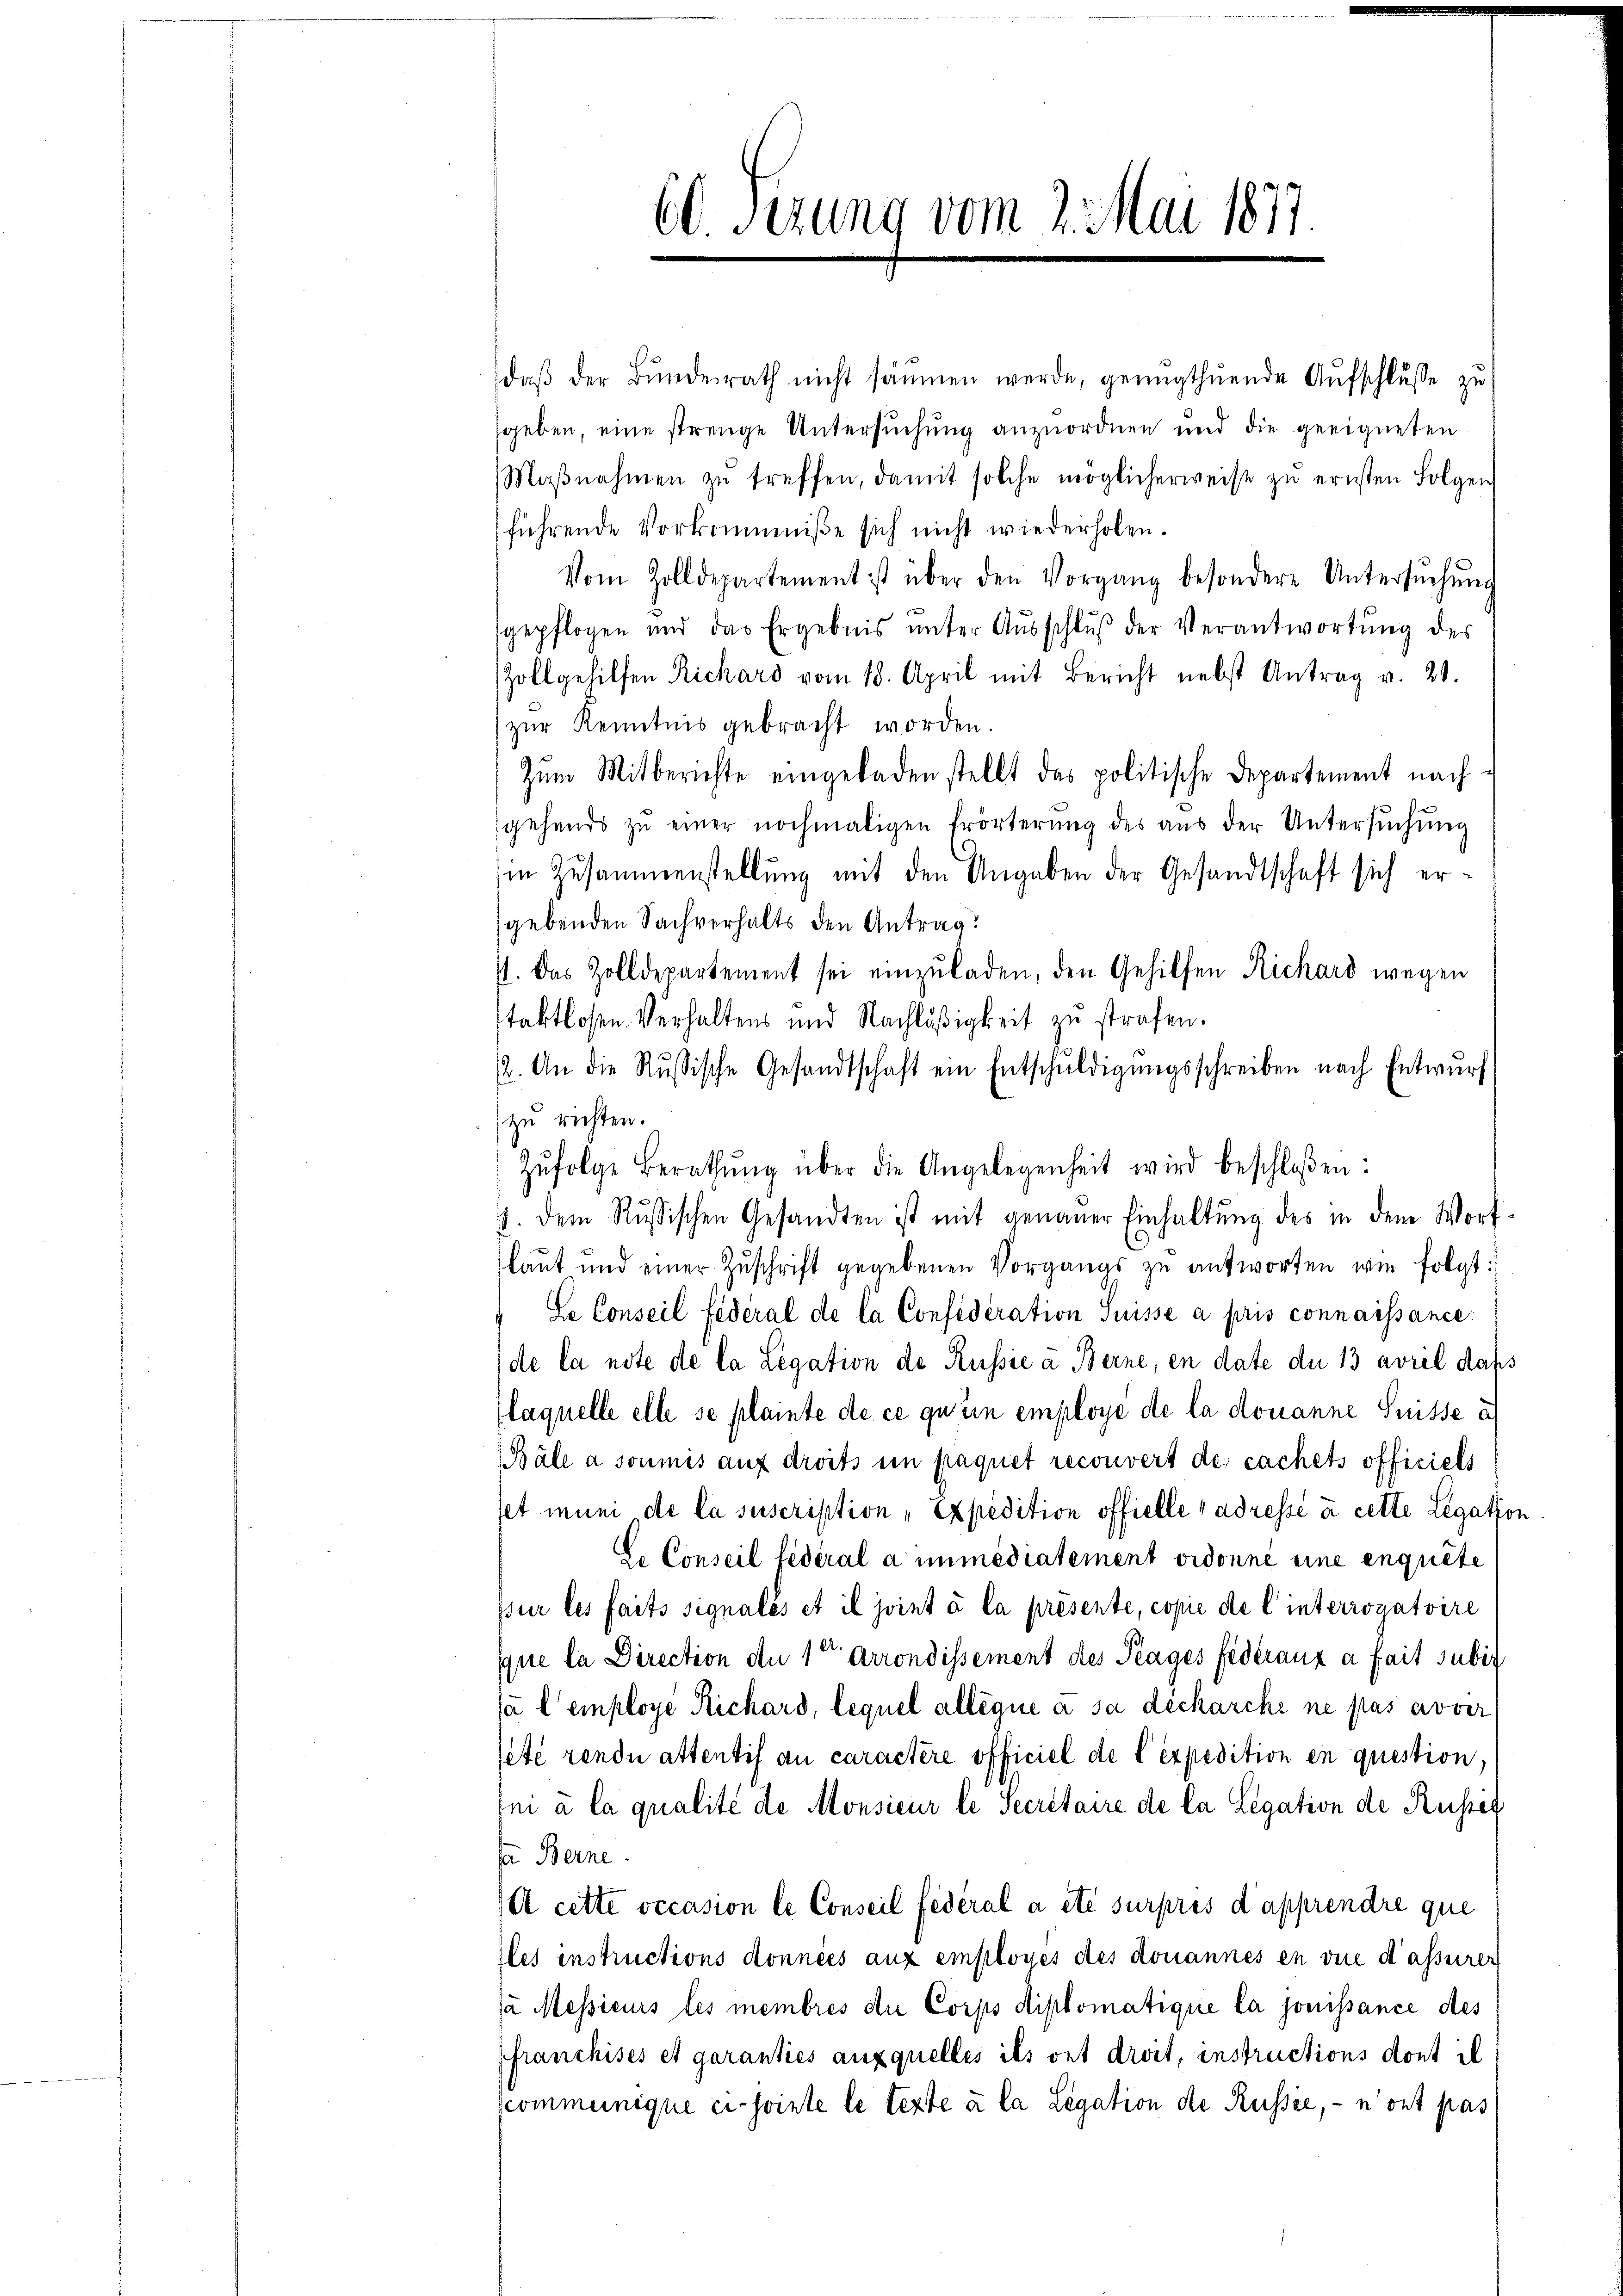
60 sezung vom 2. Mai 1877

daβ der Bŭndesrath nicht säumen werde, genugthuende Aŭfschlŭsse zŭ
geben, eine strenge Untersuchung anzuordnen und die geeigneten
Maβnahmen zŭ treffen, damit solche möglicherweise zu ernsten Folgen
führende Vorkommniße sich nicht wiederholen.
Vom Zolldepartement ist über den Vorgang besondere Untersŭchŭng
gepflogen und das Ergebnis unter Aŭsschlŭβ der Verantwortung des
Zoll gehilfen Richard vom 18. April mit Bericht nebst Antrag v. 20.
zŭr Kenntnis gebracht worden.
Zum Mitberichte eingeladen stellt das politische Departement nachgehends zŭ einer nochmaligen Erörterung des aŭs der Untersŭchŭng
in Zusammenstellung mit den Angaben der Gesandtschaft sich ergebenden Sachverhalts den Antrag
4. Das Zolldepartement sei einzŭladen, den Gehilfen Richard wegen
taktlosen Verhaltens und Nachläßigkeit zu strafen.
2. An die Russische Gesandtschaft ein Entschŭldigungsschreiben nach Entwurf
zu richten.
Zŭfolge Berathŭng über die Angelegenheit wird beschloßen:
p. dem Russischen Gesandten ist mit genauer Einhaltŭng des in dem Wort
laŭt und einer Zŭschrift gegebenen Vorgangs zŭ antworten wie folgt:
Se Conseil federal de la Considération Suisse à pris connaissance
de la note de la Legation de Russie a Berne, en date du 13 avril dass
laquelle elle se plainte de ce qu’un employé de la donanne Suisse a
(Bäle a soumis auf droits im paquet reconvert des cachets officiels
set muni de la suscription „Expedition offielle adresse à cette Legation
Le Conseil fédéral a immediatement ordonné eine enquête
sur les faits signalés et il joint à la présente, copie de l’interrogatoire
que la Direction den 1ten Arrondissement des Prages fédéraux à fait subir
ja l’employe Richard, lequel allégué à sa décharche ne pas avver
sete rendu attentif an caractère officiel de l’expedition en question,
ni à la qualité de Monsieur le Secretaire de la Legation de Russis
sa Berne
A cette occasion le Conseil fédéral a été surpres d’apprendre que
les instructions données aux employés des donannes en vue d’assuren
da Messieurs les membres die Corps diplomatique la jouissance des
franchises et garanties auxquelles ils ont droit, instructions dont il
Kommernique ci-jointe le texte à la Legation de Russée, - n’ont pas